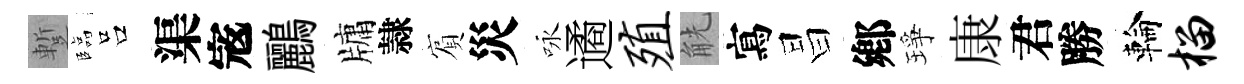
蹔臨吕渠𡨥鸝牗隷賔災咏遹殖觥寫昌鄕琤康君勝輪榴